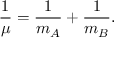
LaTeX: { \frac { 1 } { \mu } } = { \frac { 1 } { m _ { A } } } + { \frac { 1 } { m _ { B } } } .